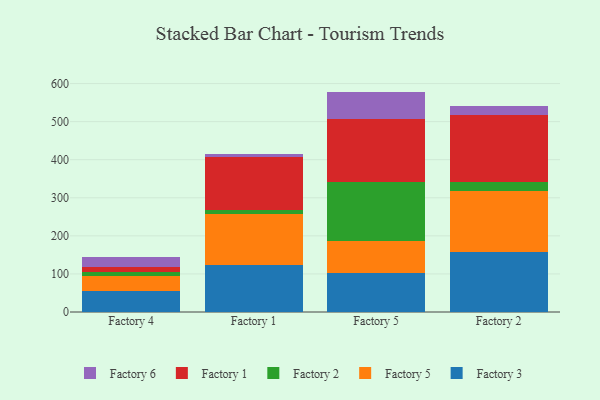
{"axis": {"x": "Factory", "y": "Production Output"}, "legend": ["Factory 1", "Factory 2", "Factory 3", "Factory 5", "Factory 6"], "data": [{"x": "Factory 4", "y": 55.1, "type": "Factory 3"}, {"x": "Factory 4", "y": 39.8, "type": "Factory 5"}, {"x": "Factory 4", "y": 11.4, "type": "Factory 2"}, {"x": "Factory 4", "y": 11.2, "type": "Factory 1"}, {"x": "Factory 4", "y": 27.5, "type": "Factory 6"}, {"x": "Factory 1", "y": 123.5, "type": "Factory 3"}, {"x": "Factory 1", "y": 135.0, "type": "Factory 5"}, {"x": "Factory 1", "y": 9.0, "type": "Factory 2"}, {"x": "Factory 1", "y": 139.2, "type": "Factory 1"}, {"x": "Factory 1", "y": 8.2, "type": "Factory 6"}, {"x": "Factory 5", "y": 103.0, "type": "Factory 3"}, {"x": "Factory 5", "y": 83.2, "type": "Factory 5"}, {"x": "Factory 5", "y": 154.8, "type": "Factory 2"}, {"x": "Factory 5", "y": 166.0, "type": "Factory 1"}, {"x": "Factory 5", "y": 71.9, "type": "Factory 6"}, {"x": "Factory 2", "y": 158.5, "type": "Factory 3"}, {"x": "Factory 2", "y": 158.8, "type": "Factory 5"}, {"x": "Factory 2", "y": 23.5, "type": "Factory 2"}, {"x": "Factory 2", "y": 176.1, "type": "Factory 1"}, {"x": "Factory 2", "y": 25.4, "type": "Factory 6"}]}